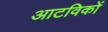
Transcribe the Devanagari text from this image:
आटविकों